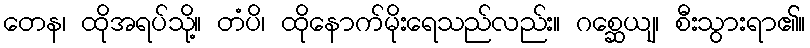
တေန၊ ထိုအရပ်သို့။ တံပိ၊ ထိုနောက်မိုးရေသည်လည်း။ ဂစ္ဆေယျ၊ စီးသွားရာ၏။